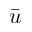
\bar { u }